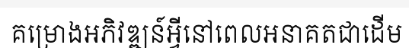
គម្រោងអភិវឌ្ឍន៍អ្វីនៅពេលអនាគតជាដើម